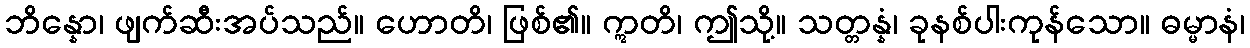
ဘိန္နော၊ ဖျက်ဆီးအပ်သည်။ ဟောတိ၊ ဖြစ်၏။ ဣတိ၊ ဤသို့။ သတ္တန္နံ၊ ခုနစ်ပါးကုန်သော။ ဓမ္မာနံ၊